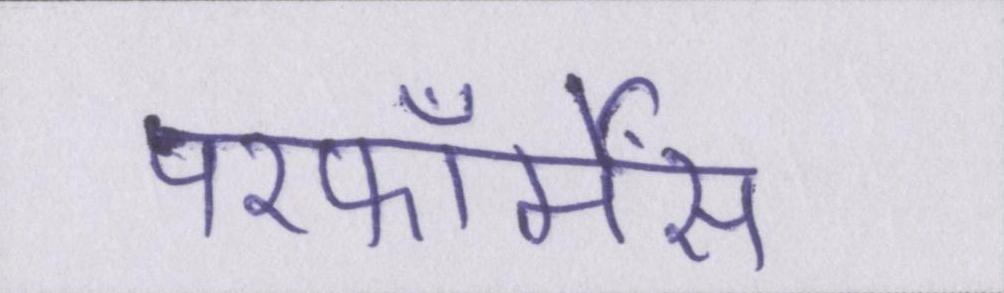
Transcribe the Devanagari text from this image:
परफॉर्मेंस